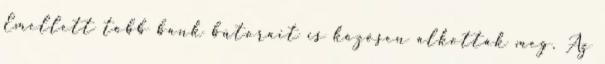
Emellett több bank bútorait is közösen alkották meg. Az